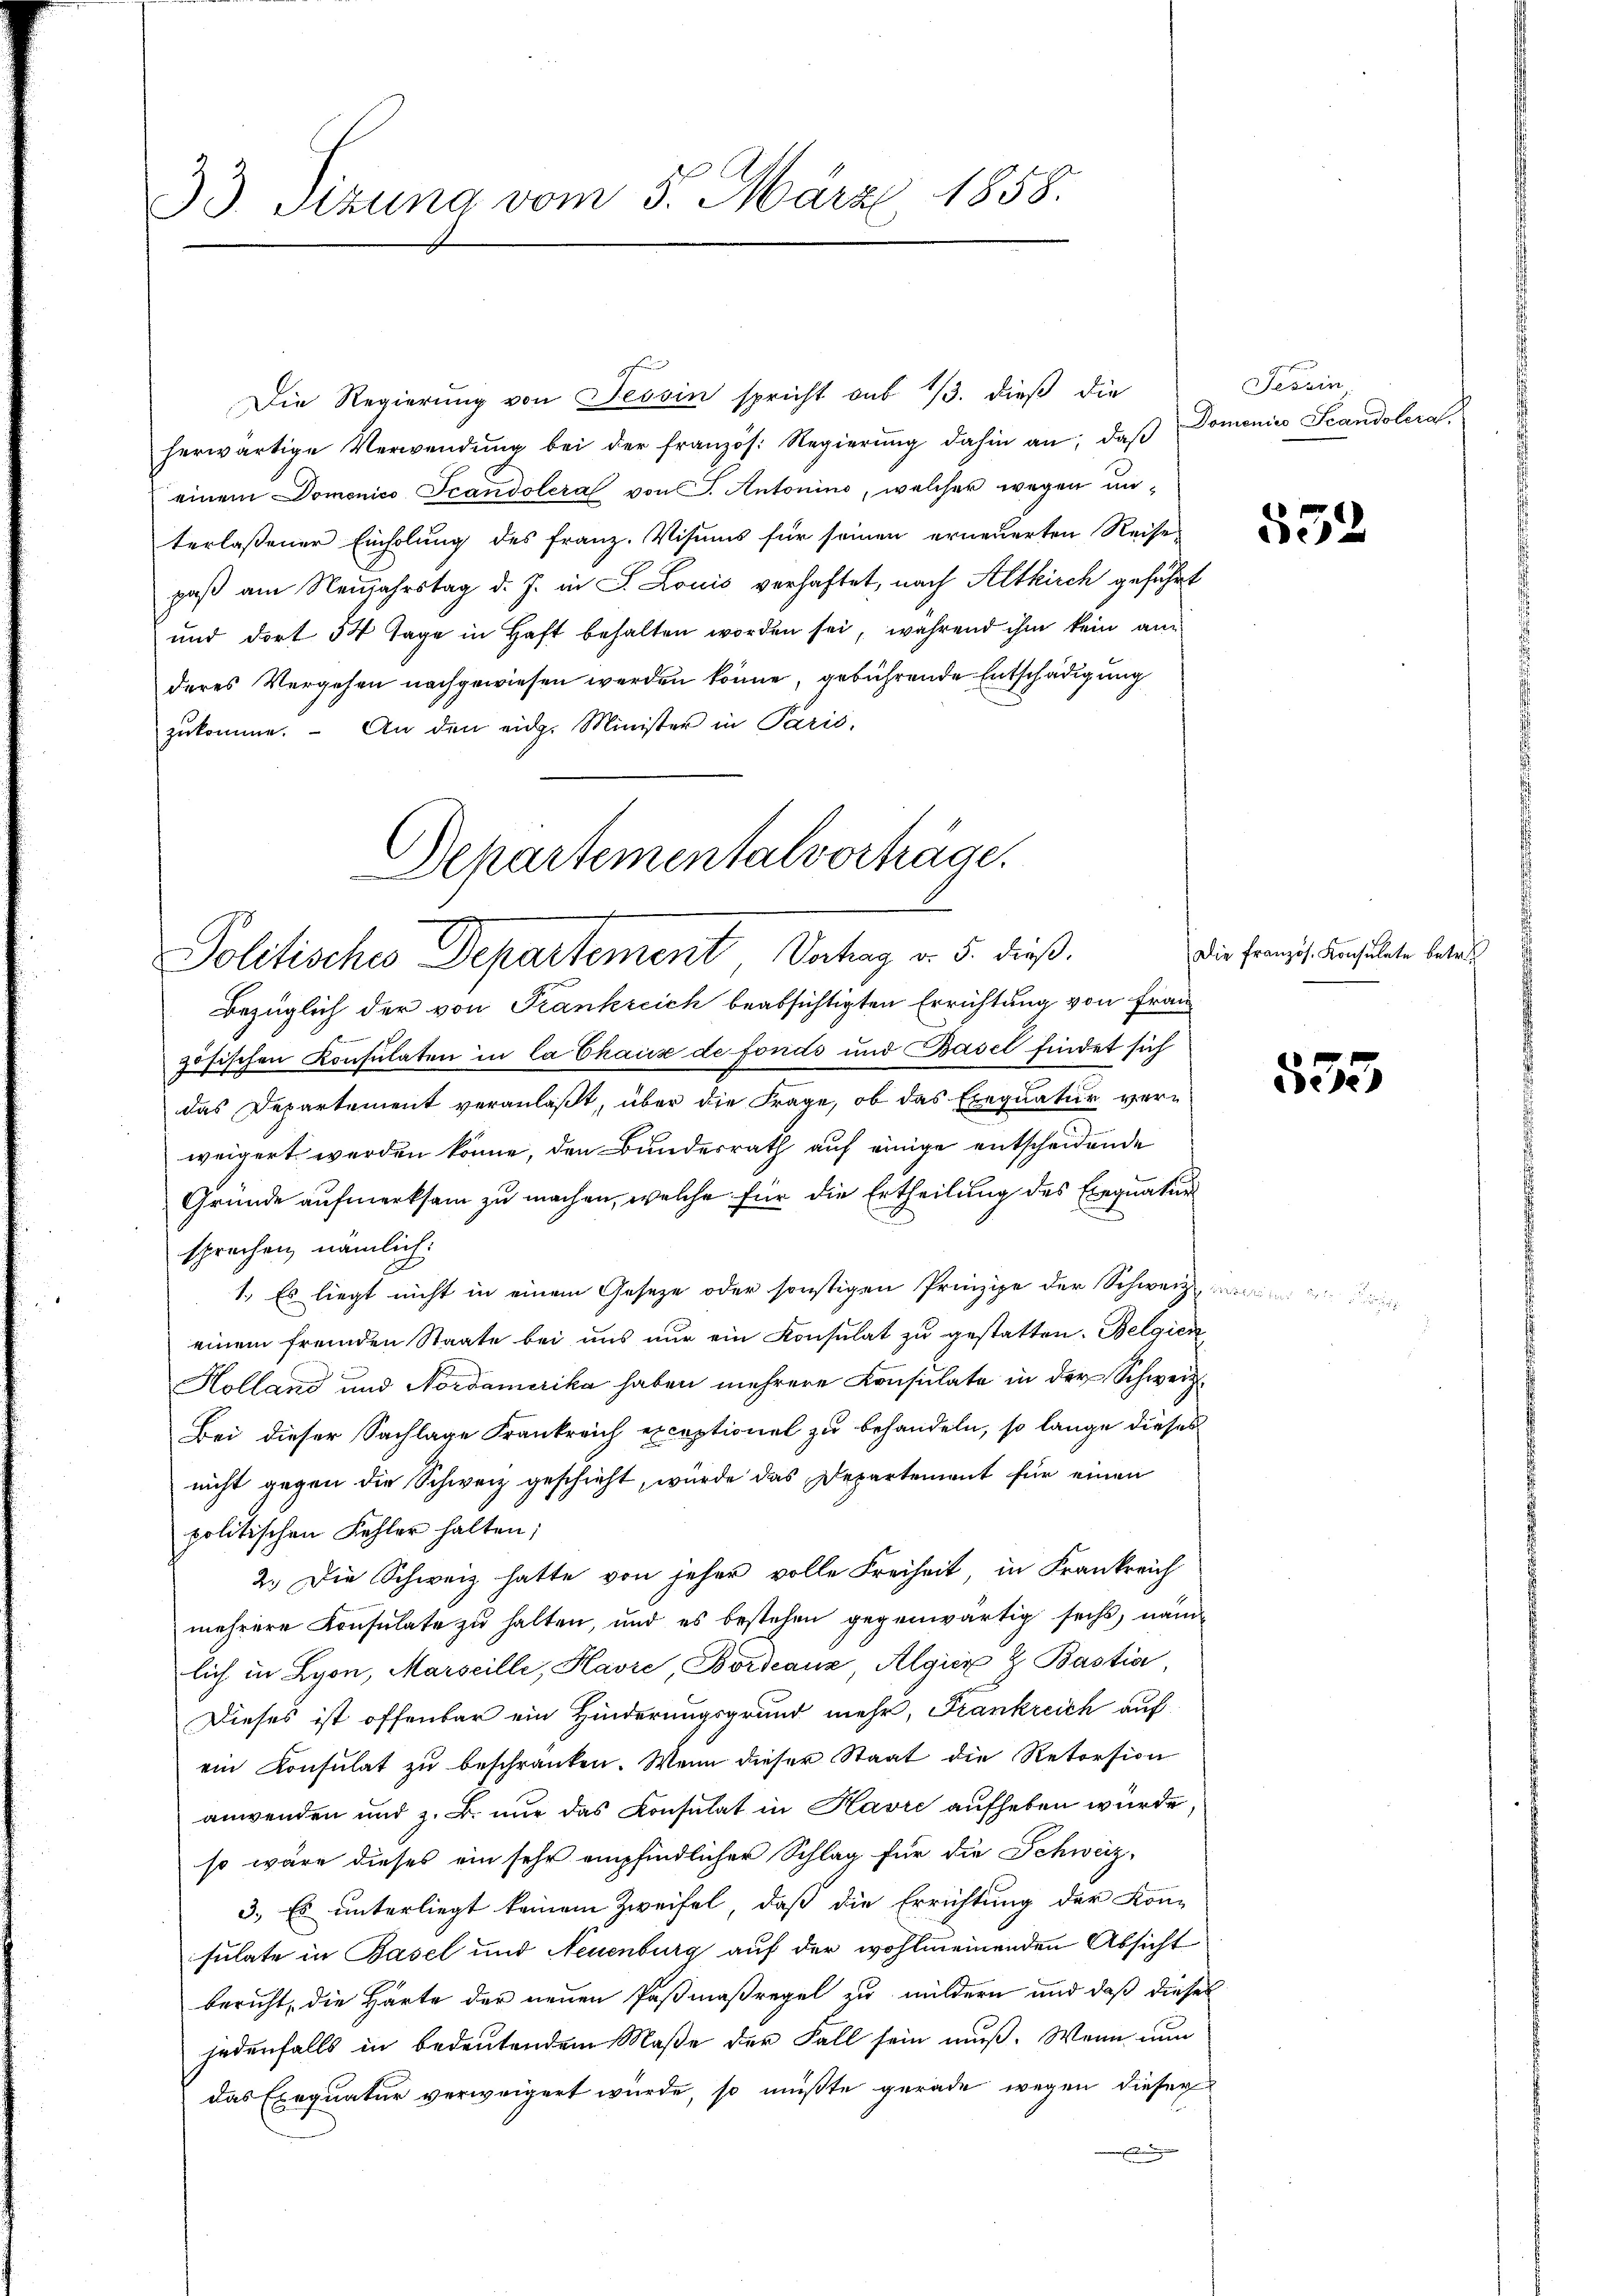
33. Sizung vom 5. März 1858.

Die Regierung von Tessin spricht sub 1/3. dieß die
herwärtige Verwendŭng bei der französ. Regierŭng dahin an, daß
einem Domonico Scandoleral von J. Antonino, welcher wegen unterlaßener Einholung des Franz. Visums für seinen erneuerten Reise
paß am Neujahrstag d. J. in S. Louis verhaftet, nach Altkirch geführt
und dort 54 Tage in Haft behalten worden sei, während ihm kein anderes Vergehen nachgewiesen werden könne, gebührende Entschädigung
zukomme. An den eidg. Minister in Paris,

Departementalvorträge.
Politisches Departement Datag v. 5. dieß

Bezüglich der von Frankreich beabsichtigten Errichtung von Frauzösischen Konsulaten in la Chaus de fonds und Basel findet sich
das Departement veranlaßt, über die Frage, ob das Exequatur verweigert werden könne, den Bundesrath auf einige entscheidende
Gründe aufmerksam zu machen, welche für die Ertheilung des Exequatur
sprechen, nämlich:
1.) Es liegt nicht in einem Geseze oder sonstigen Prinzipe der Schweiz in
einem fremden Staate bei uns nur ein Konsulat zu gestatten. Belgien
Holland und Nordamerika haben mehrere Konsulate in der Schweiz.
Bei dieser Sachlage Frankreich exceptionel zu behandeln, so lange dieses
nicht gegen die Schweiz geschieht, wurde das Departement für einen
politischen Fehler halten;
2. Die Schweiz hatte von jeher volle Freiheit in Frankreich
mehrere Konsulate zu halten, und es bestehen gegenwärtig sechs, nam
lich in Lyon, Marseille, Havre Bordeauz Algier & Bastia
Dieses ist offenbar ein Hinderungsgrund mehr, Frankreich auf
ein Konsulat zu beschränken. Wenn dieser Staat die Retorsion
anwenden und z. B. nur das Konsulat in Havre aufheben wurde,
so wäre dieses ein sehr empfindlicher Schlag für die Schweiz-
3. Es unterliegt keinem Zweifel, daß die Errichtung der Konsulate in Basel und Neuenburg auf der wohlmeinenden Absicht
bericht, die Härte der neuen Paßmaßregel zu mildern und daß dieses
jedenfalls in bedeutendem Maße der Fall sein muß. Wenn nun
das Exequatur verweigert wurde, so müßte gerade wegen dieser
h

Tessin
Domenico Scandoleral.

532

Die französ. Konsulate betref

553